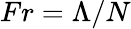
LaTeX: Fr=\Lambda/N